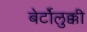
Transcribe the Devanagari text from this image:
बेर्टोलुक्की